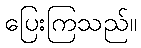
ပြေးကြသည်။